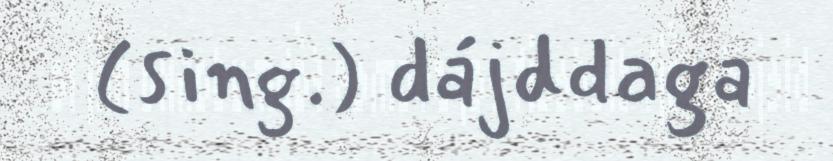
(sing.) dájddaga